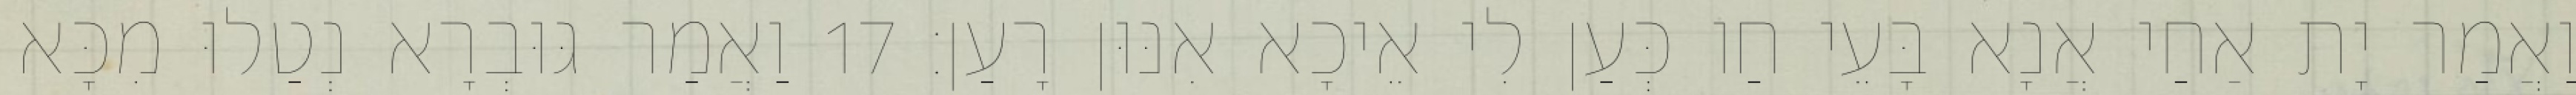
וַאֲמַר יָת אַחַי אֲנָא בָּעֵי חַו כְּעַן לִי אֵיכָא אִנּוּן רָעַן׃ 17 וַאֲמַר גּוּבְרָא נְטַלוּ מִכָּא